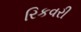
રિકવરી